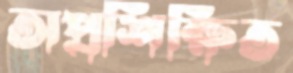
অপ্রশিক্ষিত